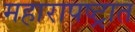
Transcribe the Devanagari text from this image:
महारापष्ट्रात